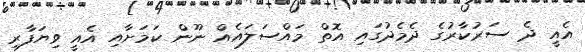
އެއީ ދެ ސަރުކާރުގެ ދެމެދުގައި އޮތް މައްސަލައެއް ނޫން ކަމަށާއި އެއީ ވިޔަފާރި